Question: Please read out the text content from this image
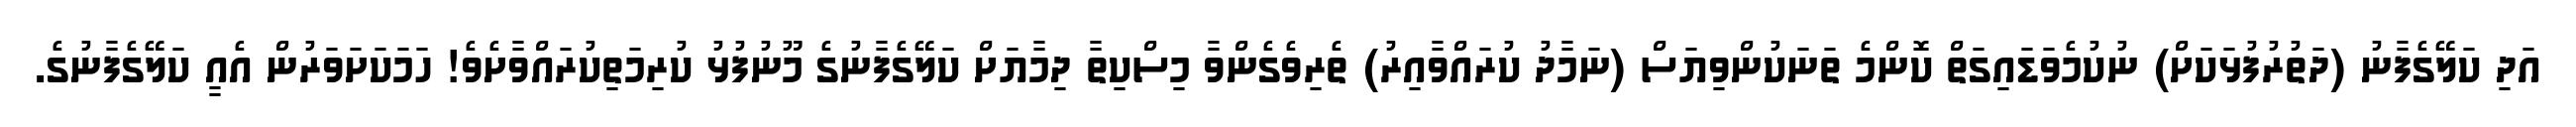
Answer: އަދި ކަލޭގެފާނު (ދަތުރުފުޅަކަށް) ނުކުމެވަޑައިގަތް ކޮންމެ ތަނަކުންވިޔަސް (ނަމާދު ކުރައްވާއިރު) ތެރިވެގެންވާ މިސްކިތާ ދިމާޔަށް ކަލޭގެފާނުގެ މޫނުފުޅު ކުރިމަތިކުރައްވާށެވެ! ހަމަކަށަވަރުން އެއީ ކަލޭގެފާނުގެ.